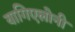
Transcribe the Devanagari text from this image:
यागिएलोनी